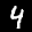
Label: 4